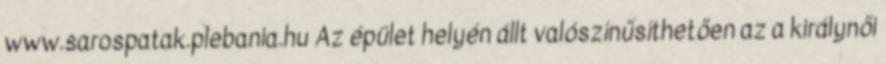
www.sarospatak.plebania.hu Az épület helyén állt valószínűsíthetően az a királynői